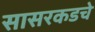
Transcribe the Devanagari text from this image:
सासरकडचे